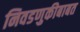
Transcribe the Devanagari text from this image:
निवडणुकीबाबत